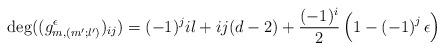
LaTeX: \begin{align*}\deg((g_{m,(m';l')}^\epsilon)_{ij})=(-1)^j il+ij(d-2)+\frac{(-1)^i}{2} \left( 1-\left( -1 \right)^j \epsilon \right) \end{align*}